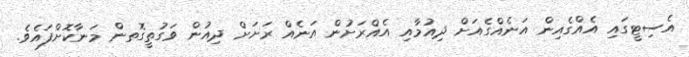
އެސިޓީގައި އެއްގެއިން އަނެއްގެއަށް ދިއުމާއި އެއްރަށުން އަނެއް ރަށަށް ދިއުން ވަގުތީގޮތން މަނާކޮށްފައެވެ.